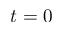
t = 0